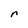
Character: r